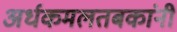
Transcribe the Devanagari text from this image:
अर्धकमलतबकांनी